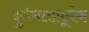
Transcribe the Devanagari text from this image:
दुर्गमतापूर्वक